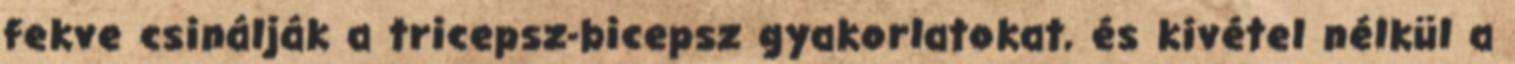
fekve csinálják a tricepsz-bicepsz gyakorlatokat, és kivétel nélkül a